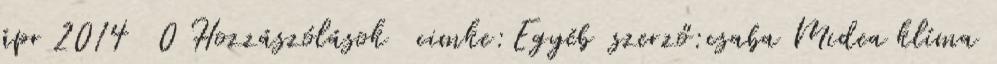
ápr 2014 0 Hozzászólások cimke:Egyéb szerző:csaba Midea klíma